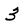
Character: 3